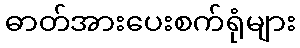
ဓာတ်အားပေးစက်ရုံများ